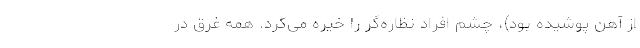
از آهن پوشیده بود)، چشم افراد نظاره‌گر را خیره می‌‌کرد. همه غرق در